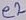
Text: e2